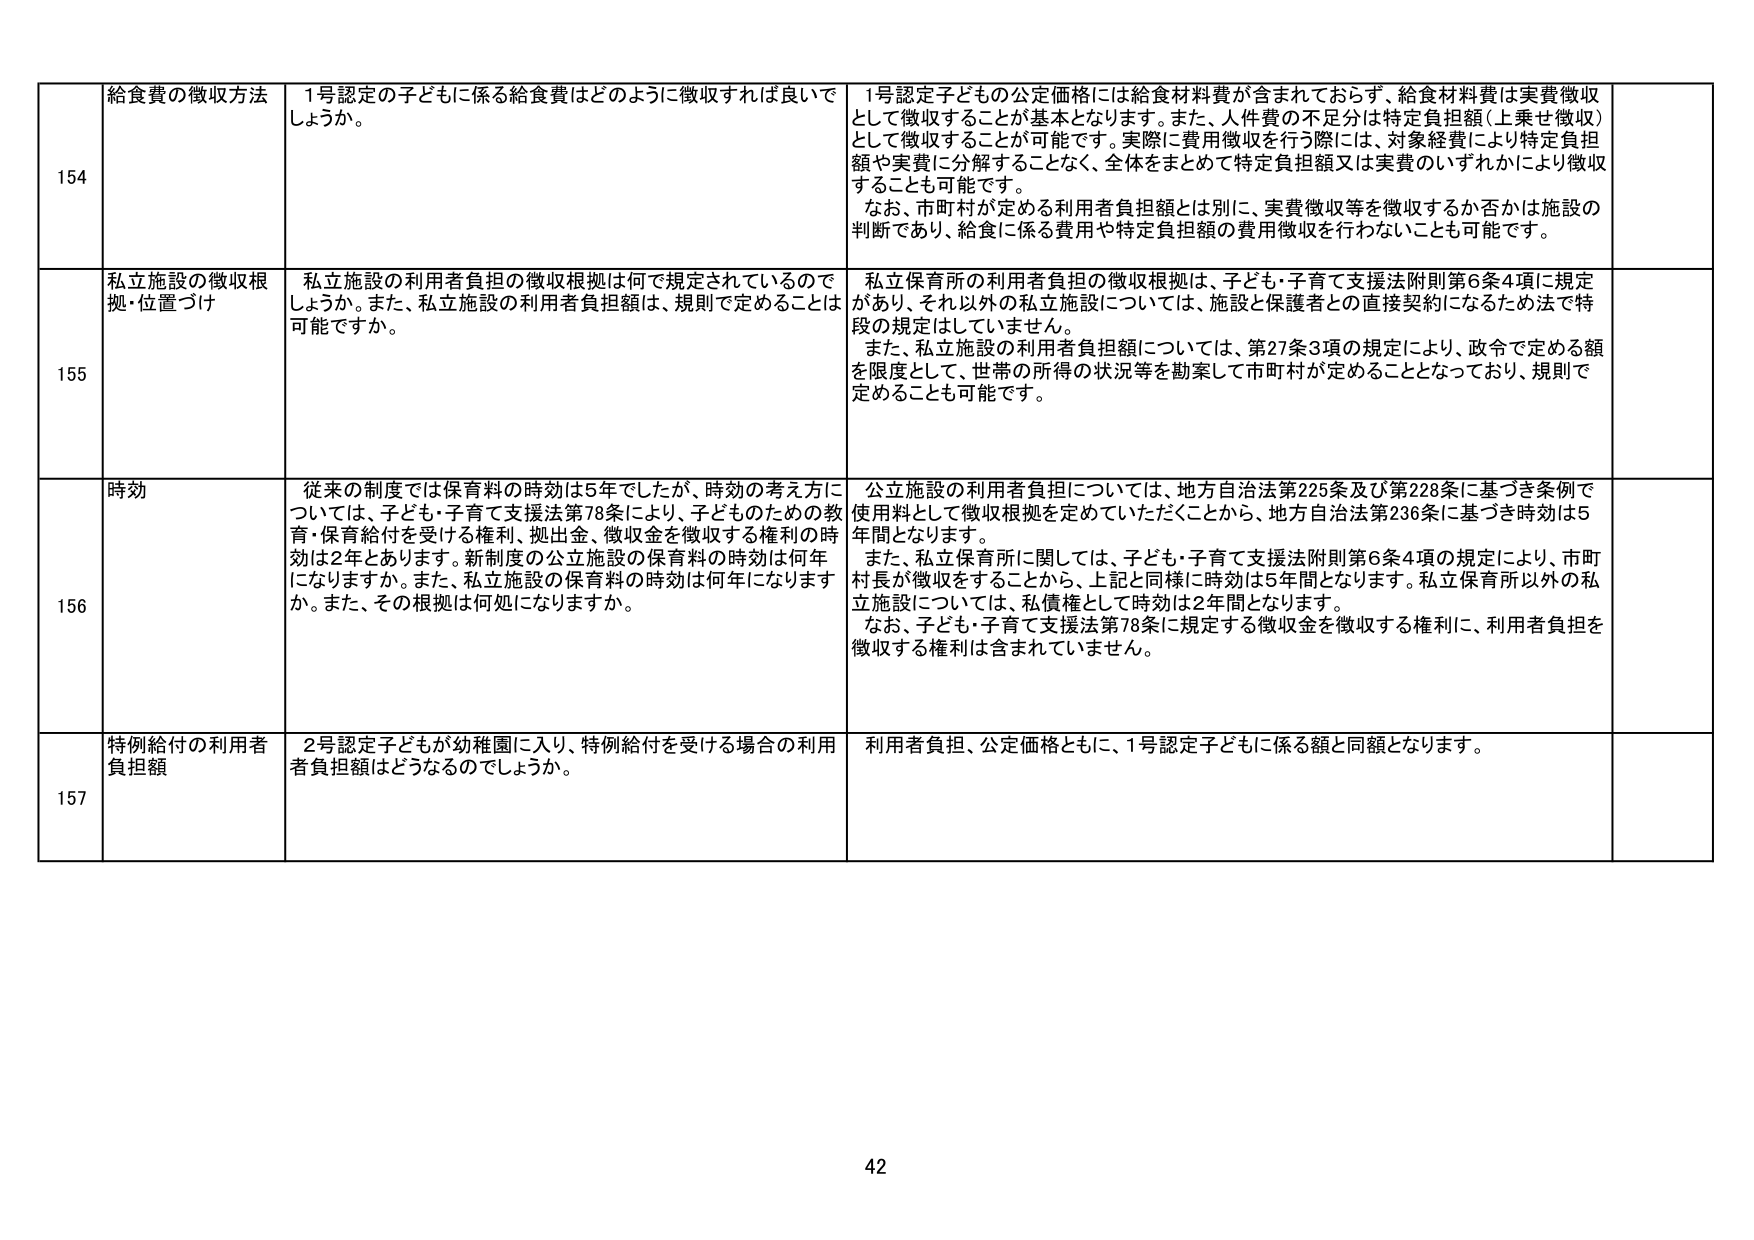
154 給食費の徴収方法 1号認定の子どもに係る給食費はどのように徴収すれば良いでしょうか。 1号認定子どもの公定価格には給食材料費が含まれておらず、給食材料費は実費徴収として徴収することが基本となります。また、人件費の不足分は特定負担額（上乗せ徴収）として徴収することが可能です。実際に費用徴収を行う際には、対象経費により特定負担額や実費に分解することなく、全体をまとめて特定負担額又は実費のいずれかにより徴収することも可能です。 なお、市町村が定める利用者負担額とは別に、実費徴収等を徴収するか否かは施設の判断であり、給食に係る費用や特定負担額の費用徴収を行わないことも可能です。

155 私立施設の徴収根拠・位置づけ 私立施設の利用者負担の徴収根拠は何で規定されているのでしょうか。また、私立施設の利用者負担額は、規則で定めることは可能ですか。 私立保育所の利用者負担の徴収根拠は、子ども・子育て支援法附則第6条4項に規定があり、それ以外の私立施設については、施設と保護者との直接契約になるため法で特段の規定はしていません。 また、私立施設の利用者負担額については、第27条3項の規定により、政令で定める額を限度として、世帯の所得の状況等を勘案して市町村が定めることとなっており、規則で定めることも可能です。

156 時効 従来の制度では保育料の時効は5年でしたが、時効の考え方については、子ども・子育て支援法第78条により、子どものための教育・保育給付を受ける権利、拠出金、徴収金を徴収する権利の時効は2年とあります。新制度の公立施設の保育料の時効は何年になりますか。また、私立施設の保育料の時効は何年になりますか。また、その根拠は何処になりますか。 公立施設の利用者負担については、地方自治法第225条及び第228条に基づき条例で使用料として徴収根拠を定めていただくことから、地方自治法第236条に基づき時効は5年間となります。 また、私立保育所に関しては、子ども・子育て支援法附則第6条4項の規定により、市町村長が徴収をすることから、上記と同様に時効は5年間となります。私立保育所以外の私立施設については、私債権として時効は2年間となります。 なお、子ども・子育て支援法第78条に規定する徴収金を徴収する権利に、利用者負担を徴収する権利は含まれていません。

157 特例給付の利用者負担額 2号認定子どもが幼稚園に入り、特例給付を受ける場合の利用者負担額はどうなるのでしょうか。 利用者負担、公定価格ともに、1号認定子どもに係る額と同額となります。

42